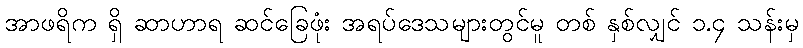
အာဖရိက ရှိ ဆာဟာရ ဆင်ခြေဖုံး အရပ်ဒေသများတွင်မူ တစ် နှစ်လျှင် ၁.၄ သန်းမှ